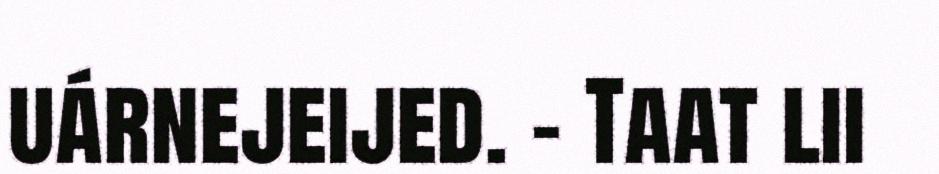
uárnejeijed. – Taat lii